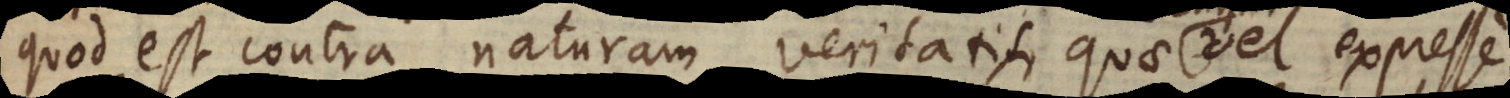
quod est contra naturam veritatis, quae vel expresse